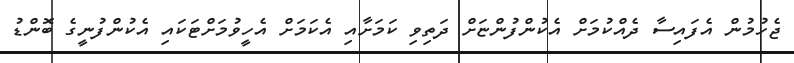
ޖެހުމުން އެފައިސާ ދެއްކުމަށް އެކުންފުންޏަށް ދަތިވި ކަމަށާއި އެކަމަށް އެހީވުމަށްޓަކައި އެކުންފުނީގެ ބޮންޑު